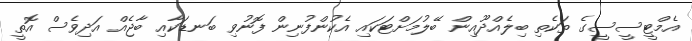
އެމްޓީސީސީގެ ތަކެތި ބިލެއްދޫއިން ބޭލުމަށްޓަކައި އެކުންފުނިން ފޮނުވި ބަނޑަކާއި ބާޖެއް އަދިވެސް އޮތީ